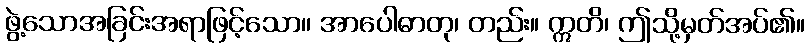
ဖွဲ့သောအခြင်းအရာဖြင့်သော။ အာပေါဓာတု၊ တည်း။ ဣတိ၊ ဤသို့မှတ်အပ်၏။